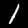
Digit: 1